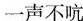
一声不吭